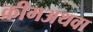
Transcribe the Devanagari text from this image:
क्रीमअथवा